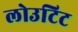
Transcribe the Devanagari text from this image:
लोउटिट